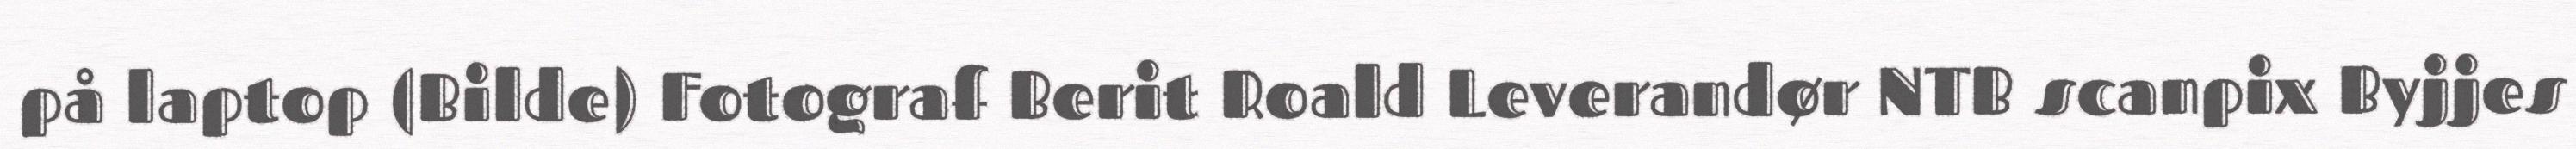
på laptop (Bilde) Fotograf Berit Roald Leverandør NTB scanpix Byjjes